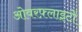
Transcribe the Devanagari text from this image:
ओवरफ़्लाइटों